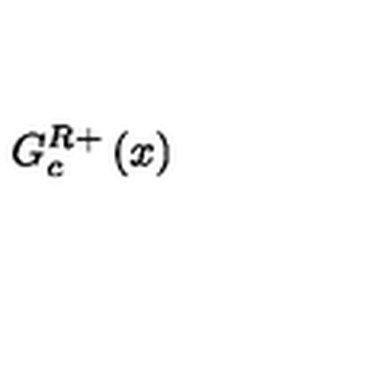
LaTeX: G _ { c } ^ { R } { } ^ { + } \left( x \right)